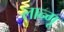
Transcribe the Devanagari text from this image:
लान्गू